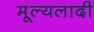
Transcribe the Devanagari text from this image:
मूल्यलादी